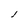
Character: l